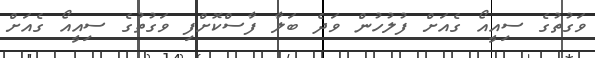
ވަގުތުގެ ސިއީއޯ ގެއަށް ފުލުހުން ވަދެ ބަލާ ފާސްކޮށްފި ވަގުތުގެ ސިއީއޯ ގެއަށް